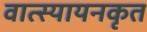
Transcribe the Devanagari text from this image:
वात्स्यायनकृत